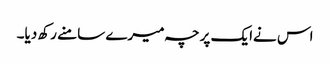
اس نےایک پرچہ میرے سامنے رکھ دیا۔